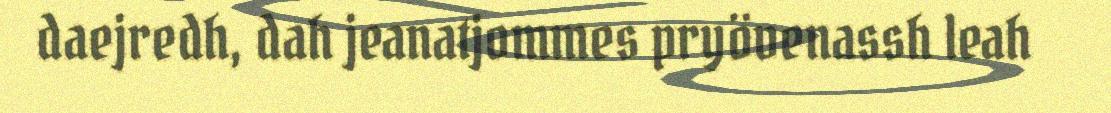
daejredh, dah jeanatjommes pryövenassh leah